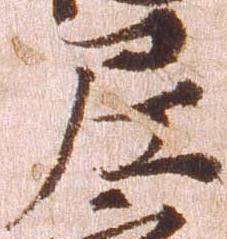
尼